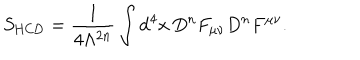
S _ { \mathrm { H C D } } = \frac { 1 } { 4 \Lambda ^ { 2 n } } \int \mathrm { d } ^ { 4 } x \, D ^ { n } F _ { \mu \nu } D ^ { n } F ^ { \mu \nu } .